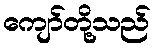
ကျော်တို့သည်